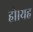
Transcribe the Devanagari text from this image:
हो।यह